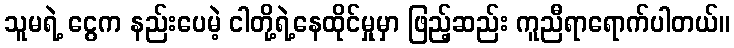
သူမရဲ့ ငွေက နည်းပေမဲ့ ငါတို့ရဲ့နေထိုင်မှုမှာ ဖြည့်ဆည်း ကူညီရာရောက်ပါတယ်။